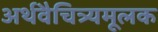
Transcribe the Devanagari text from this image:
अर्थवैचित्र्यमूलक